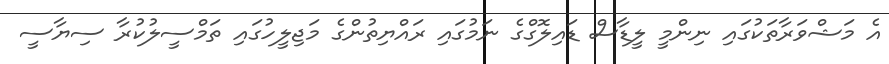
އެ މަޝްވަރާތަކުގައި ނިންމީ ލީޑާސް ޑައިލޮގްގެ ނަމުގައި ރައްޔިތުންގެ މަޖިލީހުގައި ތަމްސީލުކުރާ ސިޔާސީ